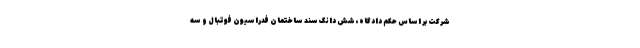
شرکت بر اساس حکم دادگاه، شش دانگ سند ساختمان فدراسیون فوتبال و سه